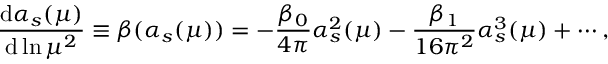
\frac { { \mathrm d } \alpha _ { s } ( \mu ) } { { \mathrm d } \ln \mu ^ { 2 } } \equiv \beta ( \alpha _ { s } ( \mu ) ) = - \frac { \beta _ { 0 } } { 4 \pi } \alpha _ { s } ^ { 2 } ( \mu ) - \frac { \beta _ { 1 } } { 1 6 \pi ^ { 2 } } \alpha _ { s } ^ { 3 } ( \mu ) + \cdots ,